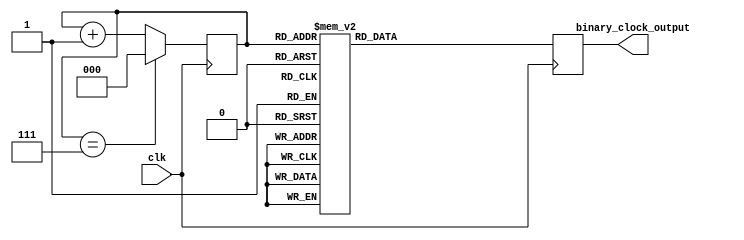
module binary_clock_divider (
    input wire clk,
    output reg [3:0] binary_clock_output
);

reg [2:0] counter;

always @(posedge clk) begin
    if (counter == 7) begin
        counter <= 0;
    end else begin
        counter <= counter + 1;
    end
end

always @(posedge clk) begin
    case(counter)
        3'h0: binary_clock_output <= 4'b0001;
        3'h1: binary_clock_output <= 4'b0010;
        3'h2: binary_clock_output <= 4'b0011;
        3'h3: binary_clock_output <= 4'b0100;
        3'h4: binary_clock_output <= 4'b0101;
        3'h5: binary_clock_output <= 4'b0110;
        3'h6: binary_clock_output <= 4'b0111;
        3'h7: binary_clock_output <= 4'b1000;
    endcase
end

endmodule